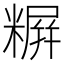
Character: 𬖪